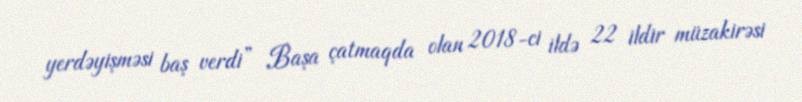
yerdəyişməsi baş verdi” Başa çatmaqda olan 2018-ci ildə 22 ildir müzakirəsi